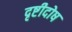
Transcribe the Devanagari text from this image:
दृष्टीदोष